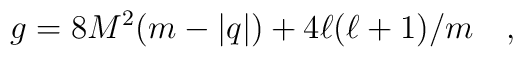
g=8M^2(m-|q|) + 4\ell(\ell +1)/m \quad ,